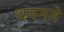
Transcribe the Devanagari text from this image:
धवनने